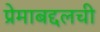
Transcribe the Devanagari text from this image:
प्रेमाबद्दलची